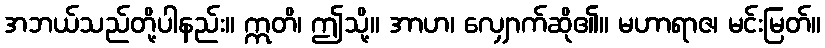
အဘယ်သည်တို့ပါနည်း။ ဣတိ၊ ဤသို့။ အာဟ၊ လျှောက်ဆို၏။ မဟာရာဇ၊ မင်းမြတ်။